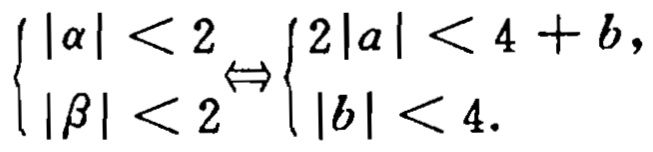
$\left\{\begin{array}{l}

|\alpha|<2 \\

|\beta|<2

\end{array} \Leftrightarrow\left\{\begin{array}{l}

2|a|<4+b, \\

|b|<4 .

\end{array}\right.\right.$